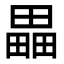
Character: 畾